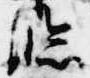
臨